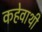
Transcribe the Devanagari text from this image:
कहेवाथी